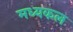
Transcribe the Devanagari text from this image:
मध्यकल